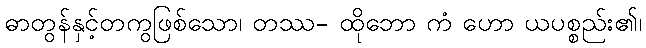
ဓာတွန်နှင့်တကွဖြစ်သော၊ တဿ- ထိုဘော ကံ ဟော ယပစ္စည်း၏၊